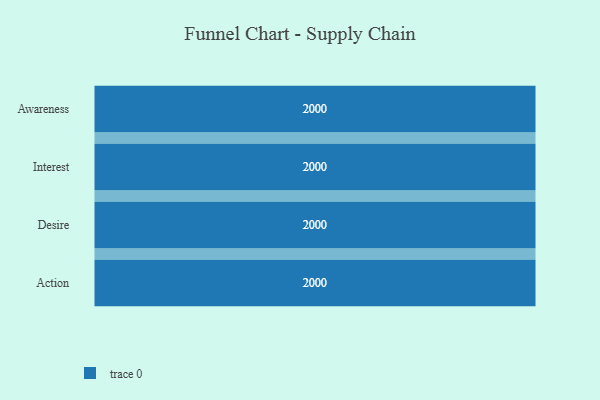
{"axis": {"x": "Stage", "y": "Value"}, "legend": [""], "data": [{"x": "Awareness", "y": 2000, "type": ""}, {"x": "Interest", "y": 2000, "type": ""}, {"x": "Desire", "y": 2000, "type": ""}, {"x": "Action", "y": 2000, "type": ""}]}